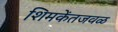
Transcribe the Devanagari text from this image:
शिमकेंतजवळ